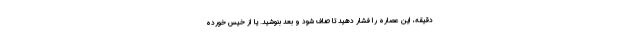
دقیقه، این عصاره را فشار دهید تا صاف شود و بعد بنوشید. یا از خیس خورده